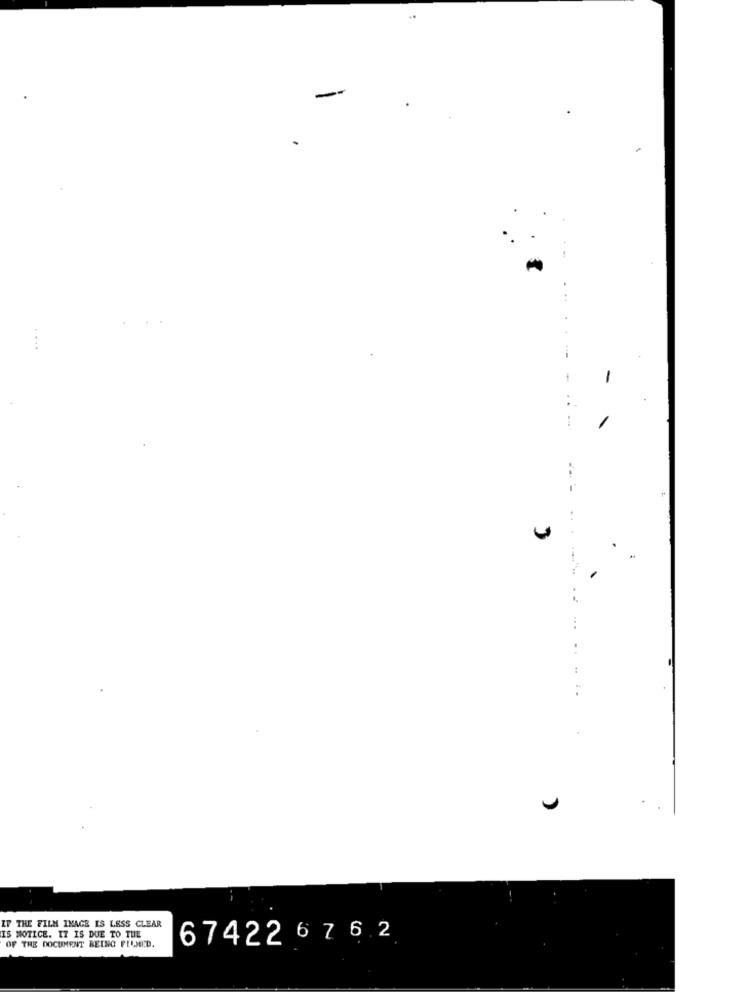
-
-
-
..-
...
..
IF THE FILM INAGE IS LESS CLEAR
IS MOTICE. IT IS DUE TO TUL
674226 7 6 2
OF THE DOCUMENT BEING PUMED.